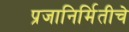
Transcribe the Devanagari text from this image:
प्रजानिर्मितीचे